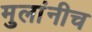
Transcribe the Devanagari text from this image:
मुलांनीच